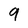
Character: 9